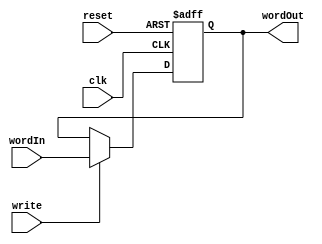
module register_32 (wordOut, wordIn, write, reset, clk);
	input write, reset, clk;
	input [31:0] wordIn;
	output reg [31:0] wordOut;

	always @(posedge clk, posedge reset) begin

		if(reset) wordOut <= 32'd0;

		else if(write) wordOut <= wordIn;

	end

endmodule

module register_32_tb ();
	reg write, reset, clk;
	reg [31:0] wordIn;
	wire [31:0] wordOut;

	register_32 testReg (wordOut, wordIn, write, reset, clk);

	initial begin

		$monitor("In: %h, Out: %h", wordIn, wordOut);

		#5 reset <= 1;

		#5 wordIn <= 32'h22100002;

		write <= 1;
		reset <= 0;
		#5 clk <= 1;

	end

endmodule